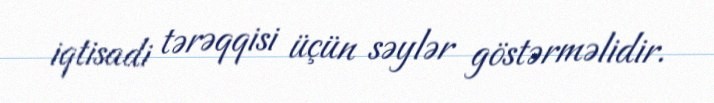
iqtisadi tərəqqisi üçün səylər göstərməlidir.